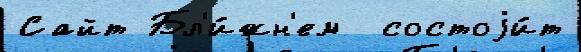
Сайт Бл'и́жн'ем  состоjи́т